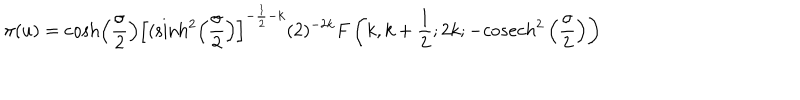
\pi ( u ) = \cosh \left( \frac { \sigma } { 2 } \right) \left[ ( \sinh ^ { 2 } \left( \frac { \sigma } { 2 } \right) \right] ^ { - \frac { 1 } { 2 } - k } ( 2 ) ^ { - 2 k } F \left( k , k + \frac { 1 } { 2 } ; 2 k ; - c o s e c h ^ { 2 } \left( \frac { \sigma } { 2 } \right) \right)